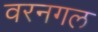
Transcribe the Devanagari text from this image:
वरनगल